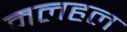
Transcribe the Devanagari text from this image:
मलहल